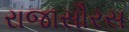
રાજાસૌરસ